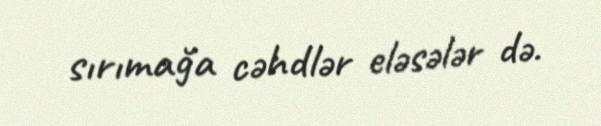
sırımağa cəhdlər eləsələr də.